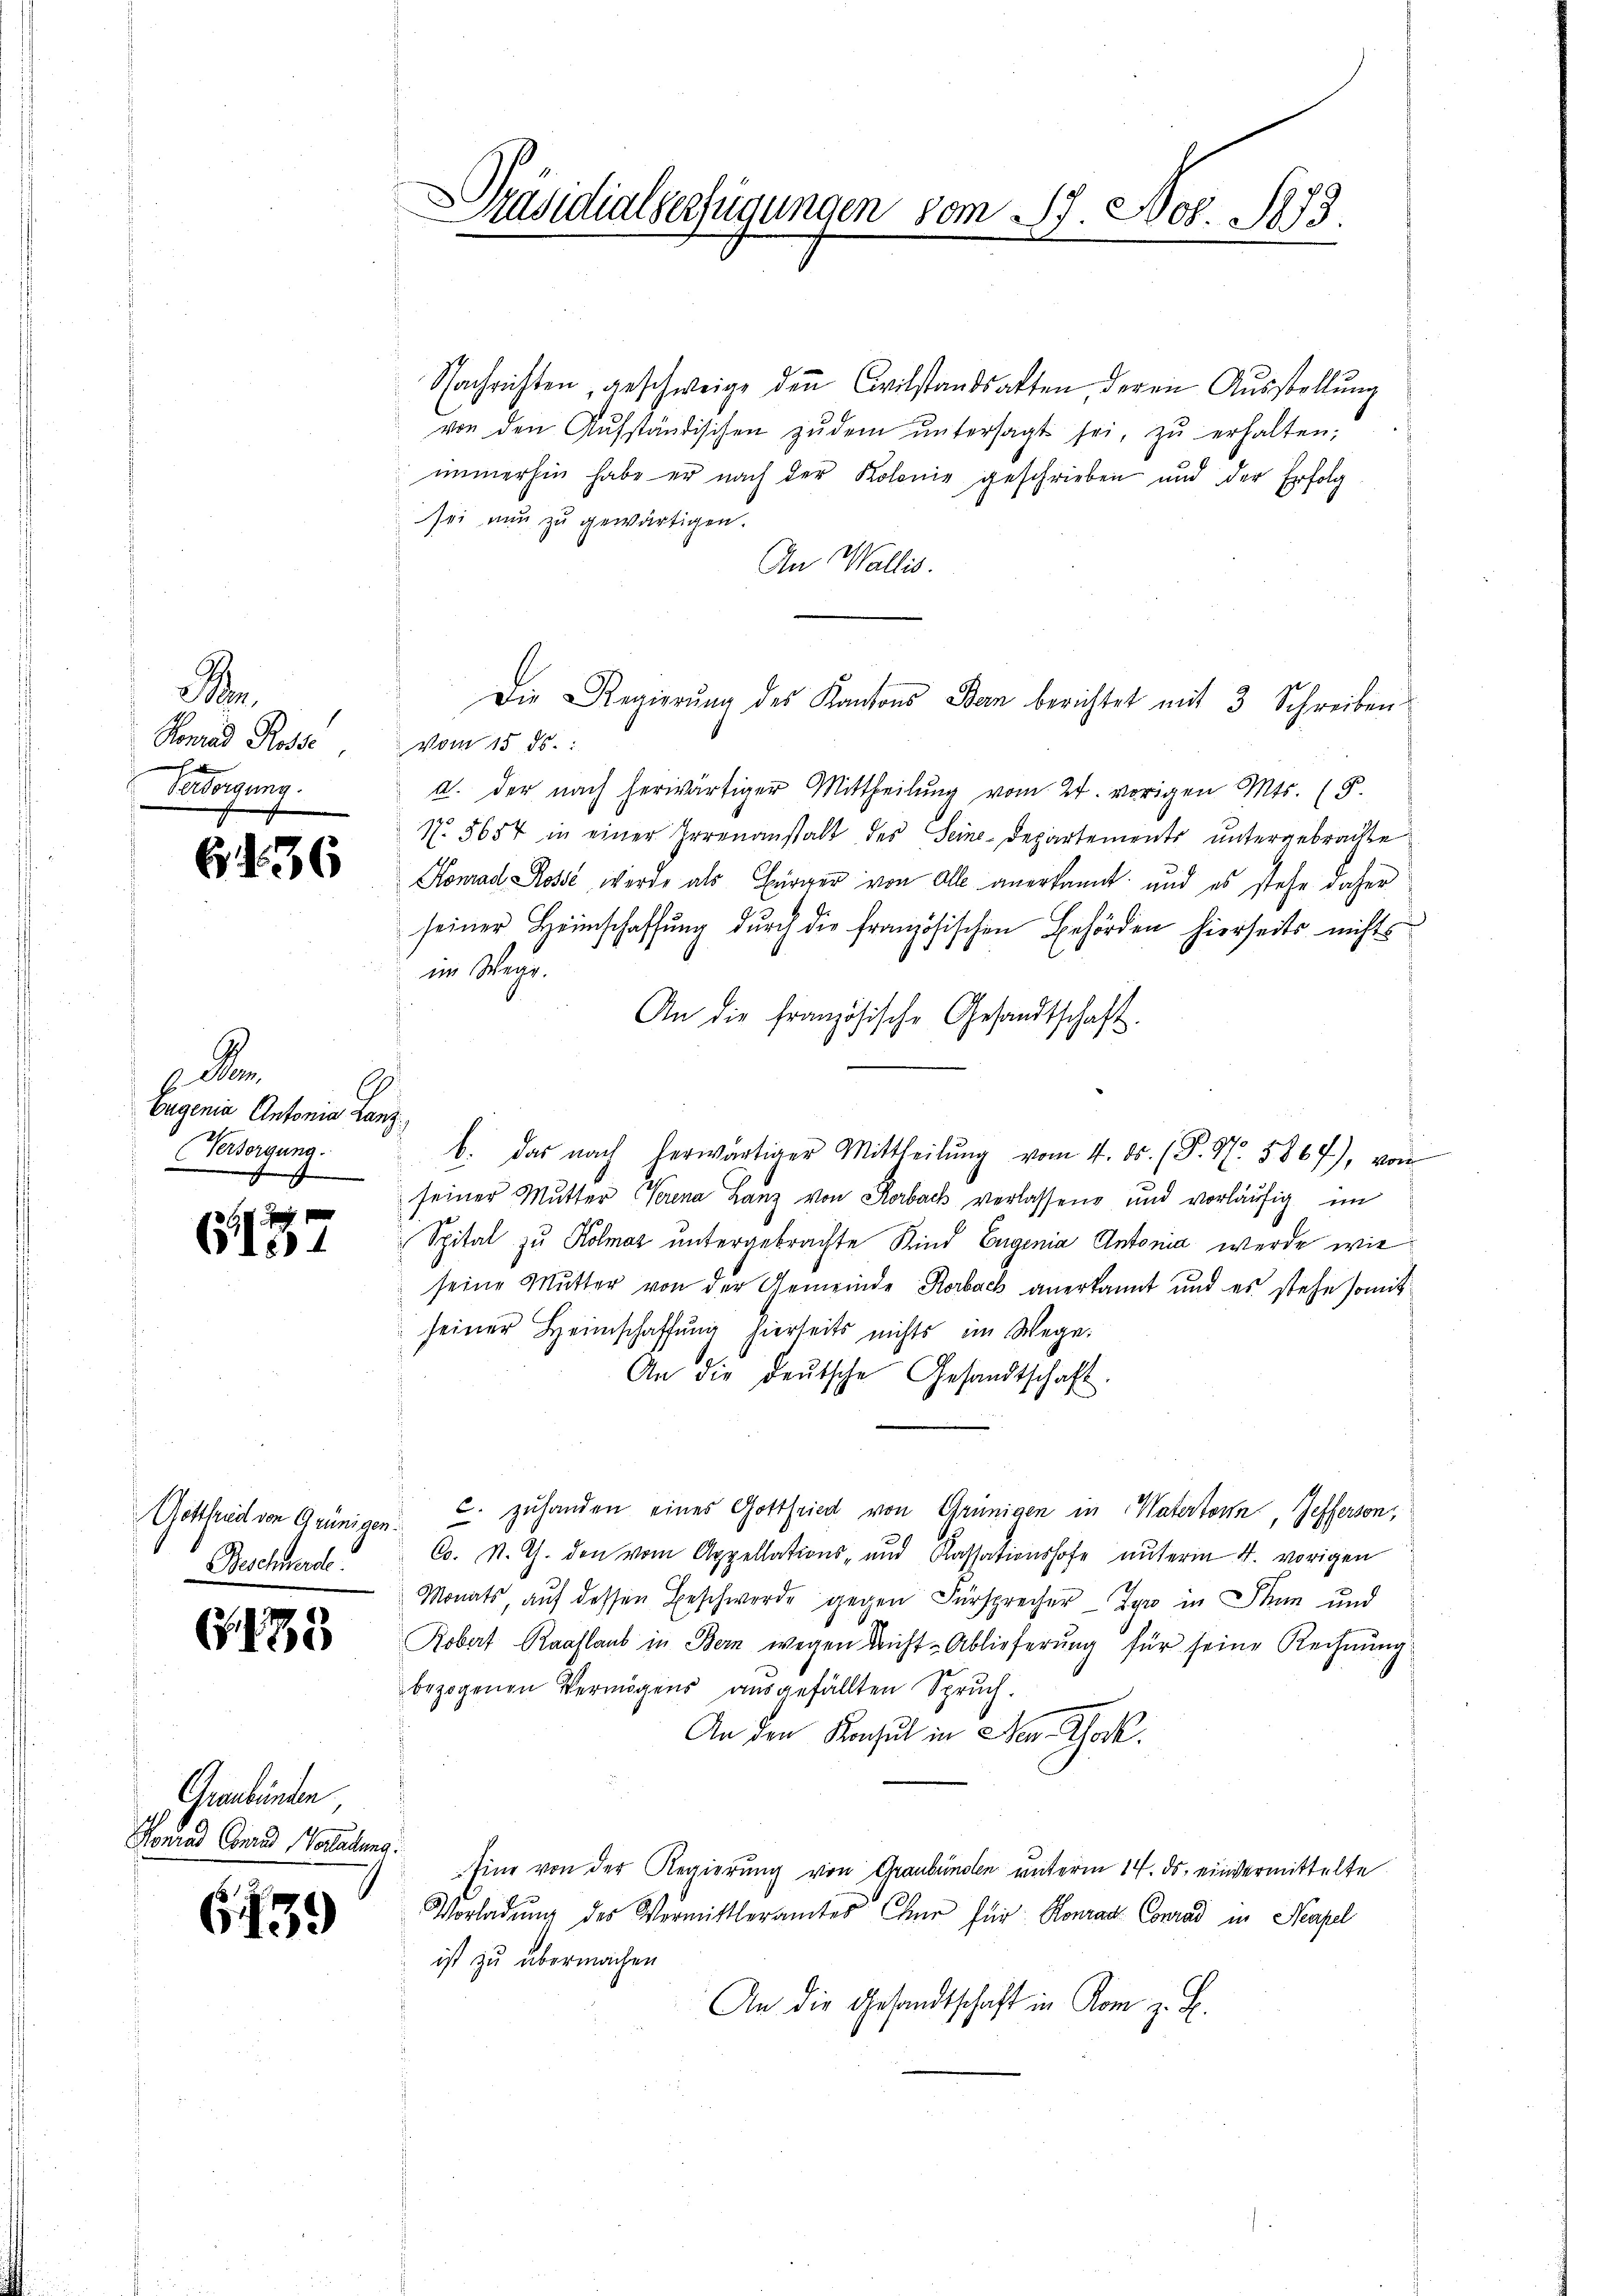
e
Konrad Rosse vom 15. ds.
Persorgung.

G136

de
Eugenia Antonia Lanz
Versorgung.
f

6157

Gottheit von Grünigen.
Beschwerde

. 135

Graubünden,
Konrad Conrad Waldung.

G139

räsidialverfügungen vom 17. Nov. 1873.

Nachrichten, geschweige den Civilstandsatten deren Aŭsstellung
von den Aŭfständischen zŭ dem ŭntersagt sei, zŭ erhalten,
 immerhin habe er nach der Kolonie geschrieben und der Erfolg
sei nun zu gewärtigen.
An Wallis.
u. der nach herwärtiger Mittheilung vom 24. vorigen Mts. (5.
N. 5654 in einer Irrenanstalt des Seine-Departements untergebrachte
Konrad Rosse werde als Bürger von Alle anerkannt; und es stehe daher
seiner Heimschaffung durch die französischen Behörden hierseits nichts
im Wege.
An die französische Gesandtschaft.
seiner Mutter Verena Lanz von Korback verlassen und vorläufig im
Spital zu Kolmar untergebrachte Kind Eugenia Antonia werde wie
seine Mutter von der Gemeinde Rorbach anerkannt und es stehe somit
seiner Heimschaffung hierseits nichts im Wege.
An die deŭtsche Gesandtschaft.
c. zuhanden eines Gottfried von Grünigen in Vatertonn, Jefferson,
Co. N. G. den vom Appellations- und Kassationshofe unterm 4. vorigen
Monats auf dessen Beschwerde gegen Fürsprecher Gyr in Thun und
Robert Raaflaut in Bern wegen nicht-Ablieferung für seine Rechnung
bezogenen Vermögens ausgefällten Spruch.
An den Konsul in den Schock.
Eine von der Regierung von Graubünden unterm 14. ds. einvermittelte
Vorladŭng des Vermittleramtes Chur für Konrad Conrad in Neapel
ist zu übermachen
An die Gesandtschaft in Rom z. B.

Die Regierung des Kantons Ban berichtet mit 3 Schreiben

b. das nach herwärtiger Mittheilŭng vom 4. ds. (T. 47. 5867), von